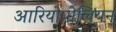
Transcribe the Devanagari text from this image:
आरियोपोलियन